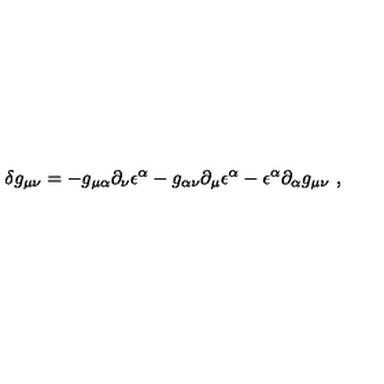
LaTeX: \delta g _ { \mu \nu } = - g _ { \mu \alpha } \partial _ { \nu } \epsilon ^ { \alpha } - g _ { \alpha \nu } \partial _ { \mu } \epsilon ^ { \alpha } - \epsilon ^ { \alpha } \partial _ { \alpha } g _ { \mu \nu } \ ,